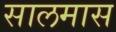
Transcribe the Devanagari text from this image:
सालमास